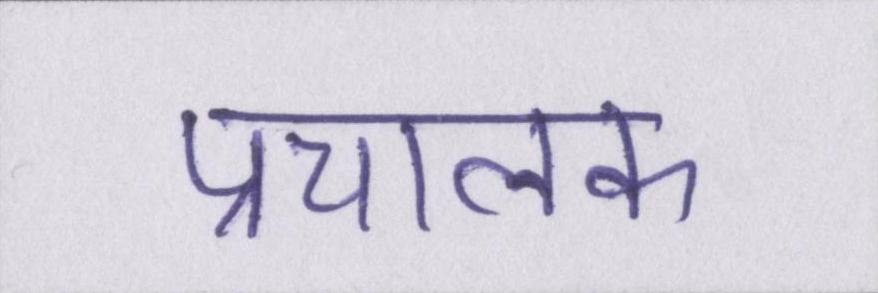
प्रचालक